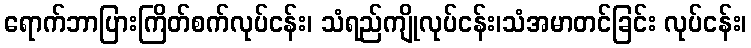
ရောက်ဘာပြားကြိတ်စက်လုပ်ငန်း၊ သံရည်ကျိုလုပ်ငန်း၊သံအမာတင်ခြင်း လုပ်ငန်း၊